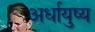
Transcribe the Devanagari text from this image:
अर्धायुष्य